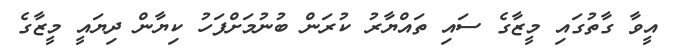
އީވާ ގާތުގައި މީޒާގެ ސައި ތައްޔާރު ކުރަން ބުނުމަށްފަހު ކިޔާން ދިޔައީ މީޒާގެ